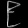
Digit: ၉